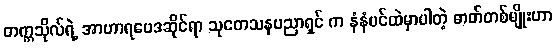
တက္ကသိုလ်ရဲ့ အာဟာရဗေဒဆိုင်ရာ သုတေသနပညာရှင် က နံနံပင်ထဲမှာပါတဲ့ ဓာတ်တစ်မျိုးဟာ